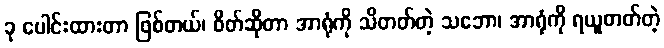
ခု ပေါင်းထားတာ ဖြစ်တယ်၊ စိတ်ဆိုတာ အာရုံကို သိတတ်တဲ့ သဘော၊ အာရုံကို ရယူတတ်တဲ့